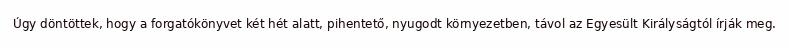
Úgy döntöttek, hogy a forgatókönyvet két hét alatt, pihentető, nyugodt környezetben, távol az Egyesült Királyságtól írják meg.